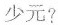
少元?